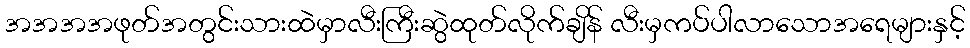
အအအအဖုတ်အတွင်းသားထဲမှာလီးကြီးဆွဲထုတ်လိုက်ချိန် လီးမှကပ်ပါလာသောအရေများနှင့်